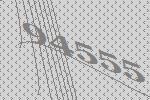
94555